Indian journal of veterinary science and animal husbandry - Volume 9,
Year: 1939
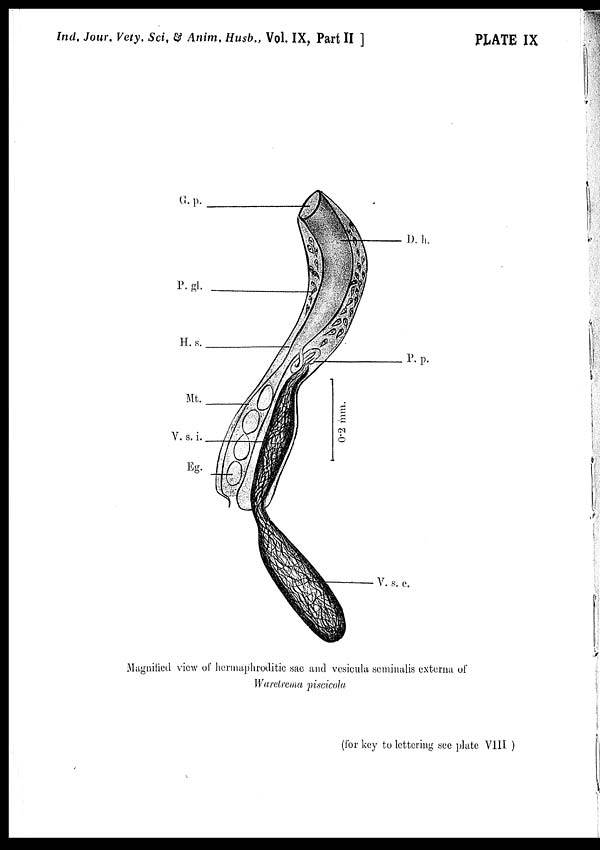
Ind. Jour. Vety. Sci. & Anim. Husb., Vol. IX, Part II ]
PLATE IX
Magnified view of hermaphroditic sac and vesicula seminalis externa of
Waretrema piscicola
(for key to lettering see plate VIII )